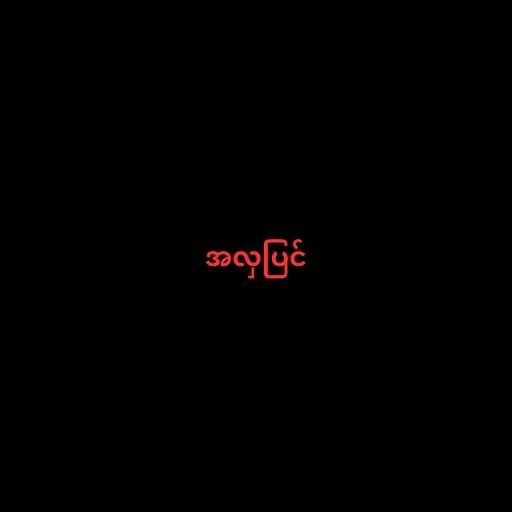
အလှပြင်